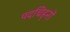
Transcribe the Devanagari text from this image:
पदचिह्‌नों